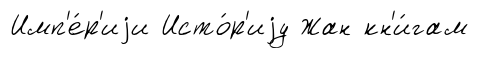
Имп'е́р'иjи Исто́р'иjу Жан кн'и́гам